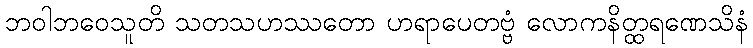
ဘဝါဘဝေသူတိ သတသဟဿတော ဟရာပေတဗ္ဗံ လောကနိတ္ထရဏေသိနံ